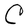
Character: C